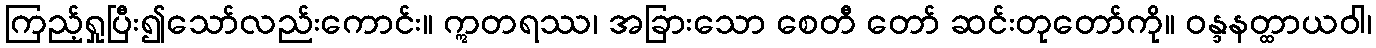
ကြည့်ရှုပြီး၍သော်လည်းကောင်း။ ဣတရဿ၊ အခြားသော စေတီ တော် ဆင်းတုတော်ကို။ ဝန္ဒနတ္ထာယဝါ၊